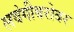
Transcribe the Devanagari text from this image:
लवंगीबरोबर